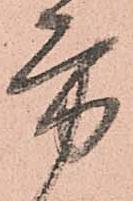
方